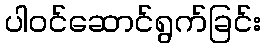
ပါဝင်ဆောင်ရွက်ခြင်း